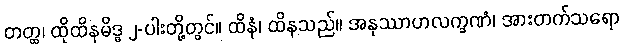
တတ္ထ၊ ထိုထိနမိဒ္ဓ ၂-ပါးတို့တွင်။ ထိနံ၊ ထိနသည်။ အနုဿာဟလက္ခဏံ၊ အားတက်သရော